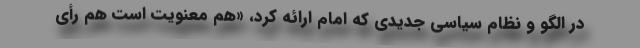
در الگو و نظام سیاسی جدیدی که امام ارائه کرد، «هم معنویت است هم رأی